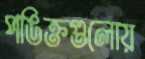
পঙিক্তগুলোয়